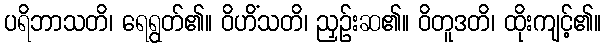
ပရိဘာသတိ၊ ရေရွတ်၏။ ဝိဟိံသတိ၊ ညှဉ်းဆ၏။ ဝိတူဒတိ၊ ထိုးကျင့်၏။